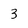
Character: 3